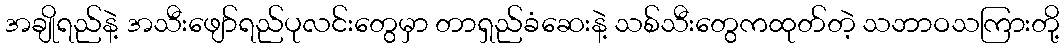
အချိုရည်နဲ့ အသီးဖျော်ရည်ပုလင်းတွေမှာ တာရှည်ခံဆေးနဲ့ သစ်သီးတွေကထုတ်တဲ့ သဘာဝသကြားတို့